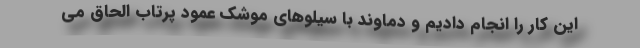
این کار را انجام دادیم و دماوند با سیلوهای موشک عمود پرتاب الحاق می